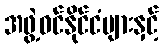
အဖွဲ့ဝင်နိုင်ငံများနှင့်